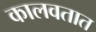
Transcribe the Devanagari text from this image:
कालवतात